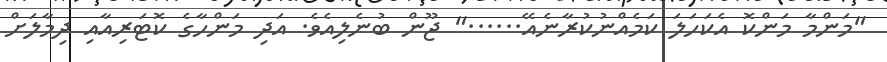
"މަންމާ މަންކޮ އެކަހަލަ ކަމެއްނުކުރާނެއޭ......" ޖޫން ބުނެލިއެވެ. އަދި މަންހާގެ ކޮޓަރިއާއި ދިމާލަށް